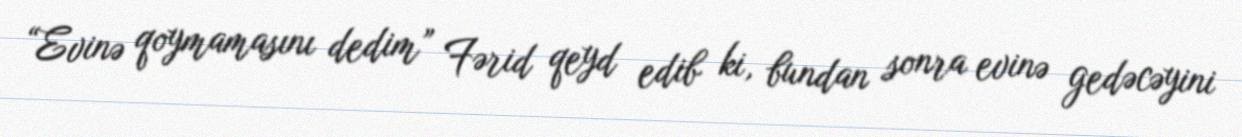
“Evinə qoymamasını dedim” Fərid qeyd edib ki, bundan sonra evinə gedəcəyini